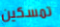
تمسكين